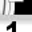
Digit: 1